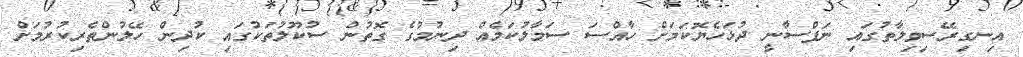
އިނގިރޭސިވިލާތުގައި ނަފްސާނީ ދުޅަހެޔޮކަމަށް ހާއްސަ ސަމާލުކަމެއް ދިނުމުގެ ގޮތުން ސުކޫލުތަކުގައި ކުދިން ހޭލުންތެރިކުރުމަށް